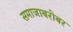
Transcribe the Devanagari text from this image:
समाजाबरोबर